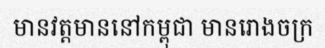
មានវត្តមាននៅកម្ពុជា មានរោងចក្រ